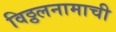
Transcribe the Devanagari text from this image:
विठ्ठलनामाची